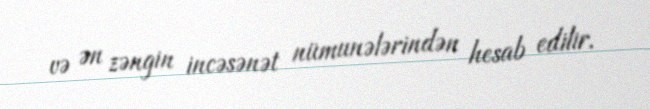
və ən zəngin incəsənət nümunələrindən hesab edilir.